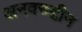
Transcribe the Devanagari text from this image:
अनवरुद्दीन